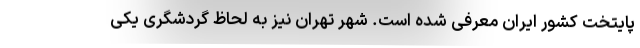
پایتخت کشور ایران معرفی شده است. شهر تهران نیز به لحاظ گردشگری یکی